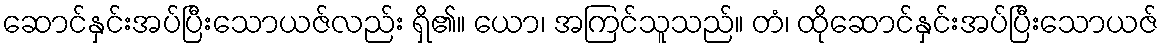
ဆောင်နှင်းအပ်ပြီးသောယဇ်လည်း ရှိ၏။ ယော၊ အကြင်သူသည်။ တံ၊ ထိုဆောင်နှင်းအပ်ပြီးသောယဇ်